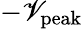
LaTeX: -\mathscr{V}_{\mathrm{{peak}}}